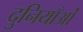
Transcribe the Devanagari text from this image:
दुनियाँओं